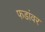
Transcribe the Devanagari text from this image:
फडांवर